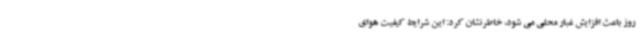
روز باعث افزایش غبار محلی می شود، خاطرنشان کرد: این شرایط کیفیت هوای